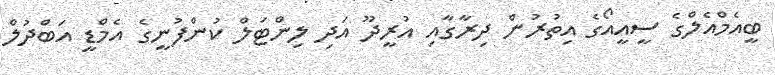
ބީއެމްއެލްގެ ސީއީއޯގެ އިތުރުން ދިރާގާއި އުރީދޫ އަަދި ލިންޓަލް ކުންފުނީގެ އެމްޑީ އަބްދުލް